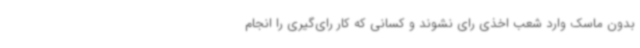
بدون ماسک وارد شعب اخذی رای نشوند و کسانی که کار رای‌گیری را انجام